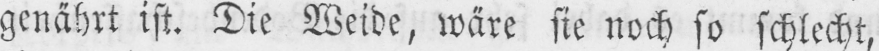
genährt ist. Die Weide, wäre sie noch so schlecht,